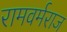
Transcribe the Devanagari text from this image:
रामवर्मराज